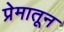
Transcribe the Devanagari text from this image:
प्रेमातून